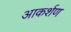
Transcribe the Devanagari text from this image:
आकर्शण